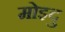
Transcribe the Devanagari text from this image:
मोइदु